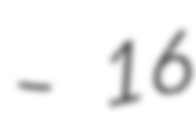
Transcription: – 16